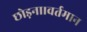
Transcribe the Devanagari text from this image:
छोड़ना।वर्तमान